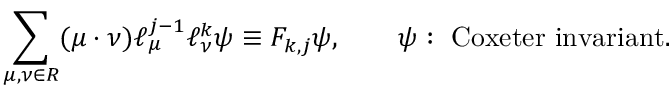
\sum _ { \mu , \nu \in { \cal R } } ( \mu \cdot \nu ) \ell _ { \mu } ^ { j - 1 } \ell _ { \nu } ^ { k } \psi \equiv F _ { k , j } \psi , \qquad \psi : \ \mathrm { C o x e t e r ~ i n v a r i a n t } .